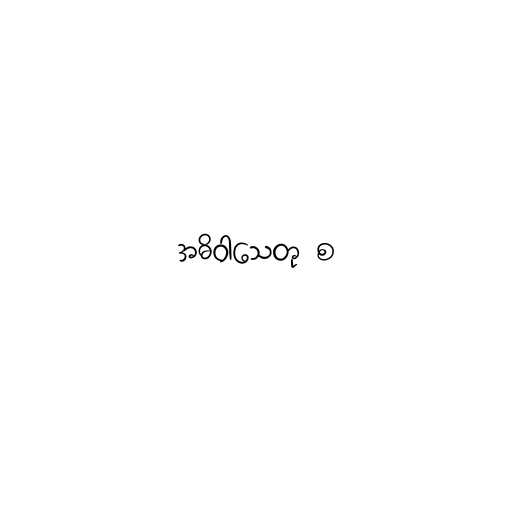
အဓိဝါသေတု စ